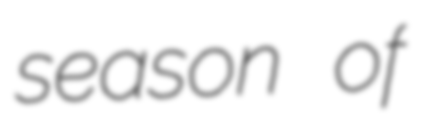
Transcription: season of